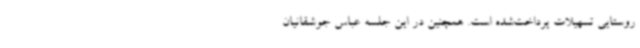
روستایی تسهیلات پرداخت‌شده است. همچنین در این جلسه عباس جوشقانیان